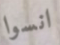
انسوا